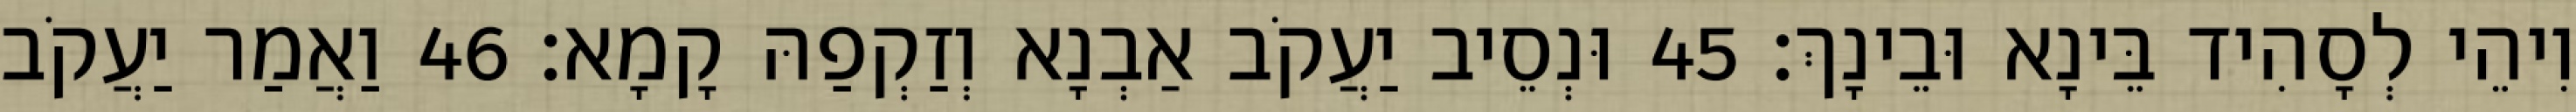
וִיהֵי לְסָהִיד בֵּינָא וּבֵינָךְ׃ 45 וּנְסֵיב יַעֲקֹב אַבְנָא וְזַקְפַהּ קָמָא׃ 46 וַאֲמַר יַעֲקֹב